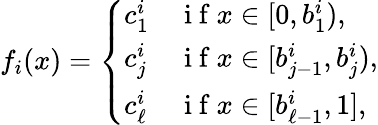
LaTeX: f_{i}(x)=\left\{ \begin{array}{ll}{c_{1}^{i}}&{\mathrm{~i~f~}x\in[0,b_{1}^{i}),}\\ {c_{j}^{i}}&{\mathrm{~i~f~}x\in[b_{j-1}^{i},b_{j}^{i}),}\\ {c_{\ell}^{i}}&{\mathrm{~i~f~}x\in[b_{\ell-1}^{i},1],}\end{array}\right.